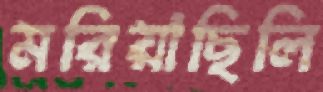
মরিয়াছিলি